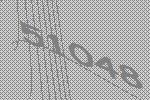
51048